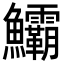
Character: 𩽷